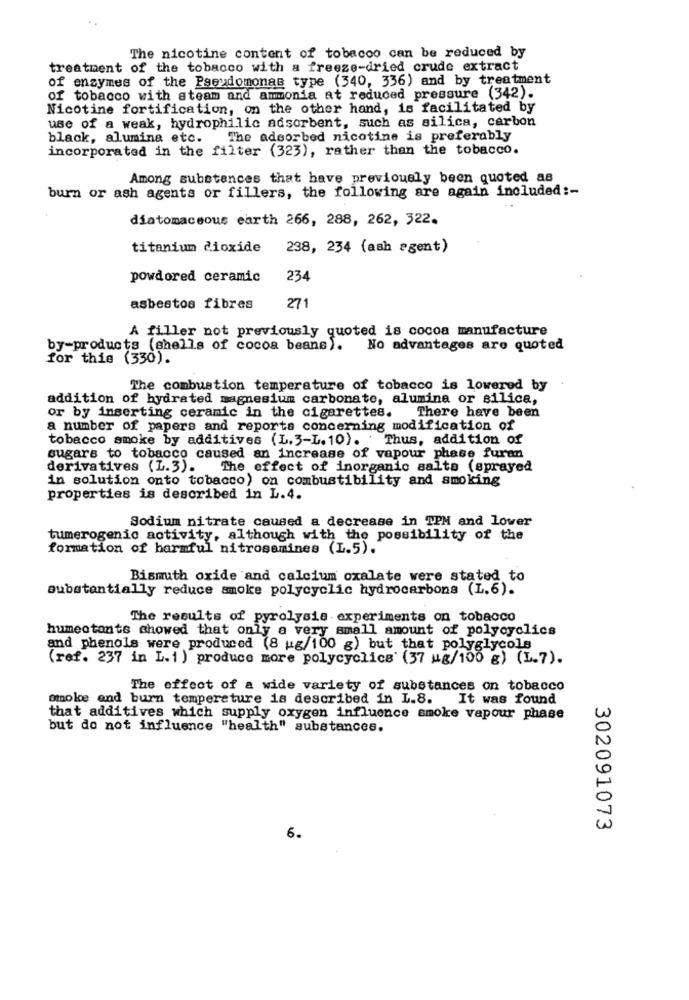
The nicotine content of tobacco can be reduced by
treatment of the tobacco with a freeze-dried crude extract
of enzymes of the Pseudomonas type (340, 336) and by treatment
of tobacco with ateam and ammonia at reduced pressure (342).
Nicotine fortification, on the other hand, is facilitated by
use of a weak, hydrophilic adsorbent, such as silica, carbon
black, alumina etc.
The adsorbed nicotine is preferably
incorporated in the filter (323), rather than the tobacco.
Among substances that have previously been quoted as
burn or ash agents or fillers, the following are again included :-
diatomaceous earth 266, 288, 262, 322.
titanium dioxide
238, 234 (ash agent)
powdored ceramic
234
asbestos fibres
271
A filler not previously quoted is cocoa manufacture
by-products (shells of cocoa beans). No advantages are quoted
for this (330).
The combustion temperature of tobacco is lowered by
addition of hydrated magnesium carbonate, alumina or silice,
There have been
or by inserting ceramic in the cigarettes.
a number of papers and reports concerning modification of
tobacco smoke by additives (L.3-L. 10). Thus, addition of
sugars to tobacco caused an increase of vapour phase furan
derivatives (L.3).
The effect of inorganic salto (sprayed
in solution onto tobacco) on combustibility and smoking
properties is described in L.4.
Sodium nitrate caused a decrease in TPM and lower
tumerogenic activity, although with the possibility of the
formation of harmful nitrosamines (L.5).
Bismuth oxide and calcium oxalate were stated to
substantially reduce smoke polycyclic hydrocarbons (L.6).
The results of pyrolysis experiments on tobacco
humectante showed that only a very small amount of polycyclics
and phenols were produced (8 ug/100 g) but that polyglycols
(ref. 237 in L. 1 ) produce more polycyclics' (37 #g/100 g) (L.7).
The effect of a wide variety of substances on tobacco
omoke and burn temperature is described in L.8. It was found
that additives which supply oxygen influence smoke vapour phase
but do not influence "health" substances.
302091073
6.